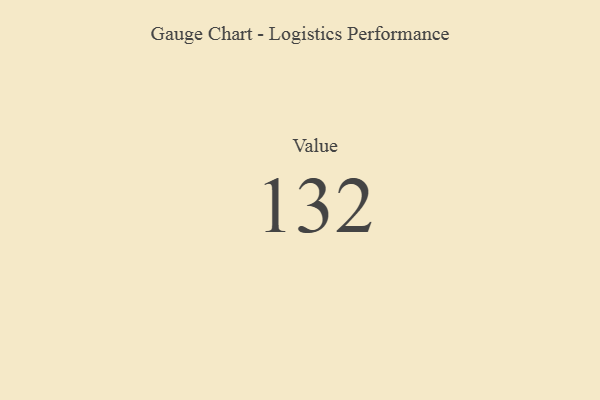
{"axis": {"x": "Metric", "y": "Value"}, "legend": [""], "data": [{"x": "Value", "y": 132, "type": ""}]}